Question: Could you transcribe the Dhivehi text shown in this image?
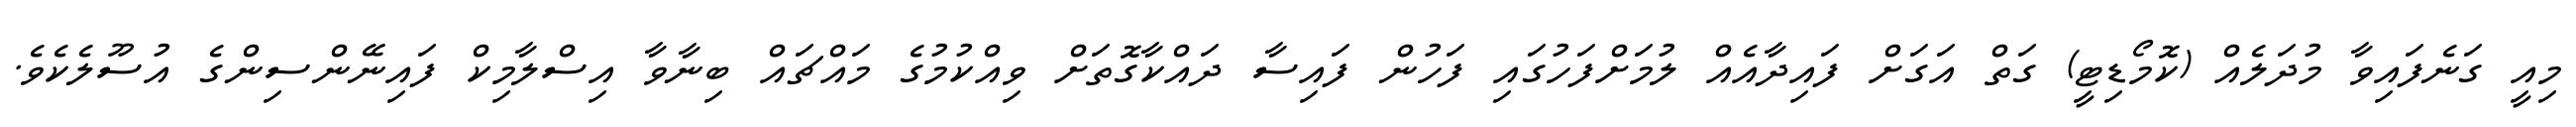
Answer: މިއީ ގަނެފައިވާ މުދަލެއް (ކޮމޯޑިޓީ) ގަތް އަގަށް ފައިދާއެއް ލުމަށްފަހުގައި ފަހުން ފައިސާ ދައްކާގޮތަށް ވިއްކުމުގެ މައްޗައް ބިނާވާ އިސްލާމިކް ފައިނޭންސިންގެ އުސޫލެކެވެ.